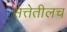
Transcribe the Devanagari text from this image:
सत्तेतीलच